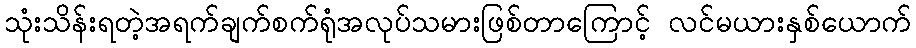
သုံးသိန်းရတဲ့အရက်ချက်စက်ရုံအလုပ်သမားဖြစ်တာကြောင့် လင်မယားနှစ်ယောက်